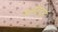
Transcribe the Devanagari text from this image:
क्लॉटहार्ड